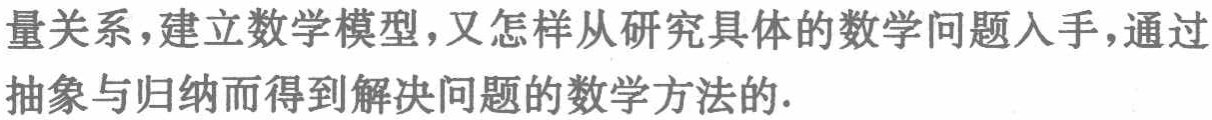
量关系,建立数学模型,又怎样从研究具体的数学问题入手,通过抽象与归纳而得到解决问题的数学方法的.